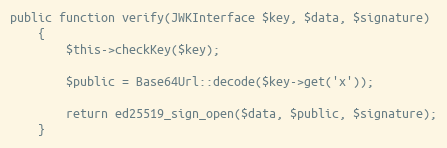
Language: PHP
public function verify(JWKInterface $key, $data, $signature)
    {
        $this->checkKey($key);

        $public = Base64Url::decode($key->get('x'));

        return ed25519_sign_open($data, $public, $signature);
    }